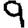
Digit: 9